Leaving Certificate Examination, 1909
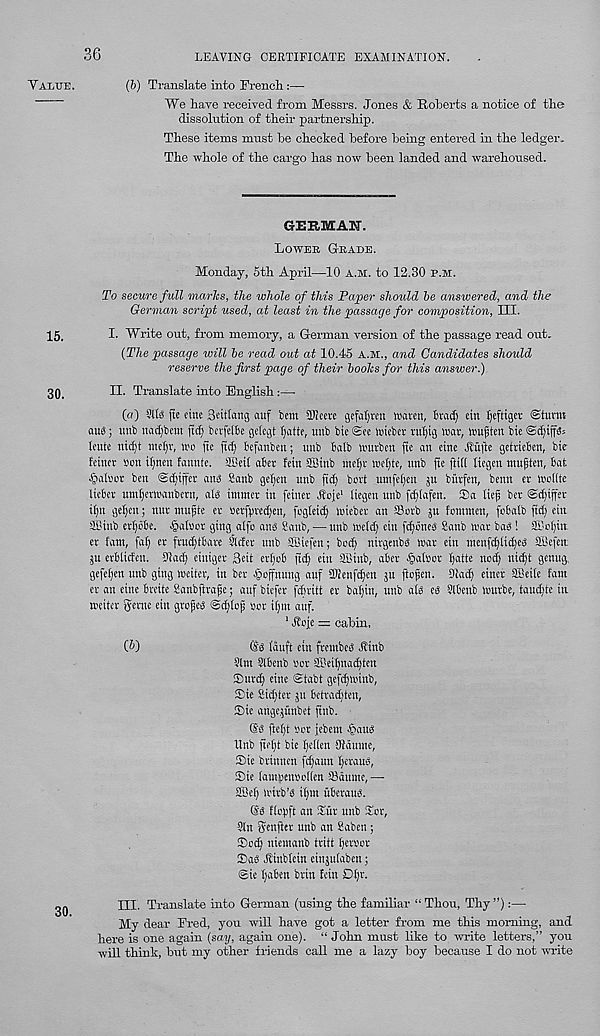
36
LEAVING CERTIFICATE EXAMINATION.
(6) Translate into French :—
We have received from Messrs. Jones & Roberts a notice of the
dissolution of their partnership.
These items must he checked before being entered in the ledger.
The whole of the cargo has now been landed and warehoused.
GERMAH.
Lower Grade.
Monday, 5th April—10 a.m. to 12.30 p.m.
To secure full marks, the whole of this Paper should he answered, and the
German script used, at least in the passage for composition, III.
I. Write out, from memory, a German version of the passage read out.
(The passage will he read out at 10.45 A.M., and Candidates should
reserve the first page of their hooks for this answer.)
II. Translate into English:—
(a) Site fte fine Sdtlang auf bem 2Jieere gefafyren waten, trad) eirt Ijefttger @tuvm
au<5; unb nacfybent ftcij berfelbe gelegt fyatte, mtb bic @ee tmeber ntljig war, wufsten bie
Icute nict)t mcljv, wo fte fid) Bcfartben; tmb Balb wurbett fte an einc Hufte getricben, bie
feittcr son iljncn fannte. SBeif aBer fein SBtnb melfr weljte, unb fie fltff liegen niujjten, bat.
Jjaloor ben ©dfijfer anb Sanb getjen unb fid) bort umfef)cn ju biivfen, benn cv wollte
ItcBev umf)erwaubent, aid timnev in fettter Hoje 1 liegen nub fdjtafen. ®a lief; bev ©dfiffer
itjn geljcn; nut mufite ev serfpvedjeu, fogleid) wieber an Sorb ju fontnten, fobatb fid) ein
SCinb ertjobe. §a(oor ging alfo and Sanb, — unb weld) ein fcfjimed Sanb war bad ! SBoljin.
cr lam, fal) er frudjtbare Slder unb ffliefen; bod) nirgenbd war ein menfdjtidfed SBefen;
gu ctblicfeu. 31ad) eiuiger Beit erl)ob fid) ein SBiub, abev §al»or §atte nod) ut^t genug.
gefel)en unb ging wetter, in ber ^offnung auf SKcufc^en ju fiofen. 9!ad) eincr SBeite fam
er an cine brcite Sanbftrafe; auf biefer fdjritt er bal)iu, nub aid ed Slbettb wurbe, taudfte tu
weiter geme ein groped @d)lop bor itjm auf.
1 ftofe = cabin,
(b)
(Sd lauft ein fmnbed Hinb
9lm Slbenb Bor fflei^na^tcn
$urd) cine ®tabt geft^winb,
®ie Sid)ter ju betradjten,
S)ie arige^unbet ftnb.
©d )W)t Bor jebein §aud
Unb ftel)t bte l)ctlen {Ranine,
©ie brinnen fdfauu I)eraud,
©ie (antBenBoKen Sdume,—
SBel) wirb’d iljm uberaud.
@d ftobft an ©ur unb ©or,
9tn genflet unb an Saben ;
©od) utemanb tritt peroor
©ad Jltnblcin einjulaben;
@ie Ijaben brin feiu Dpr.
III. Translate into German (using the familiar “Thou, Thy”):—
My dear Fred, you will have got a letter from me this morning, and
here is one again (say, again one). “ John must like to write letters,” you
will think, but my other friends call me a lazy boy because I do not write